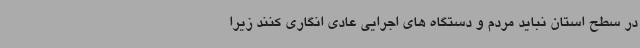
در سطح استان نباید مردم و دستگاه های اجرایی عادی انگاری کنند زیرا